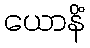
ယောနိံ